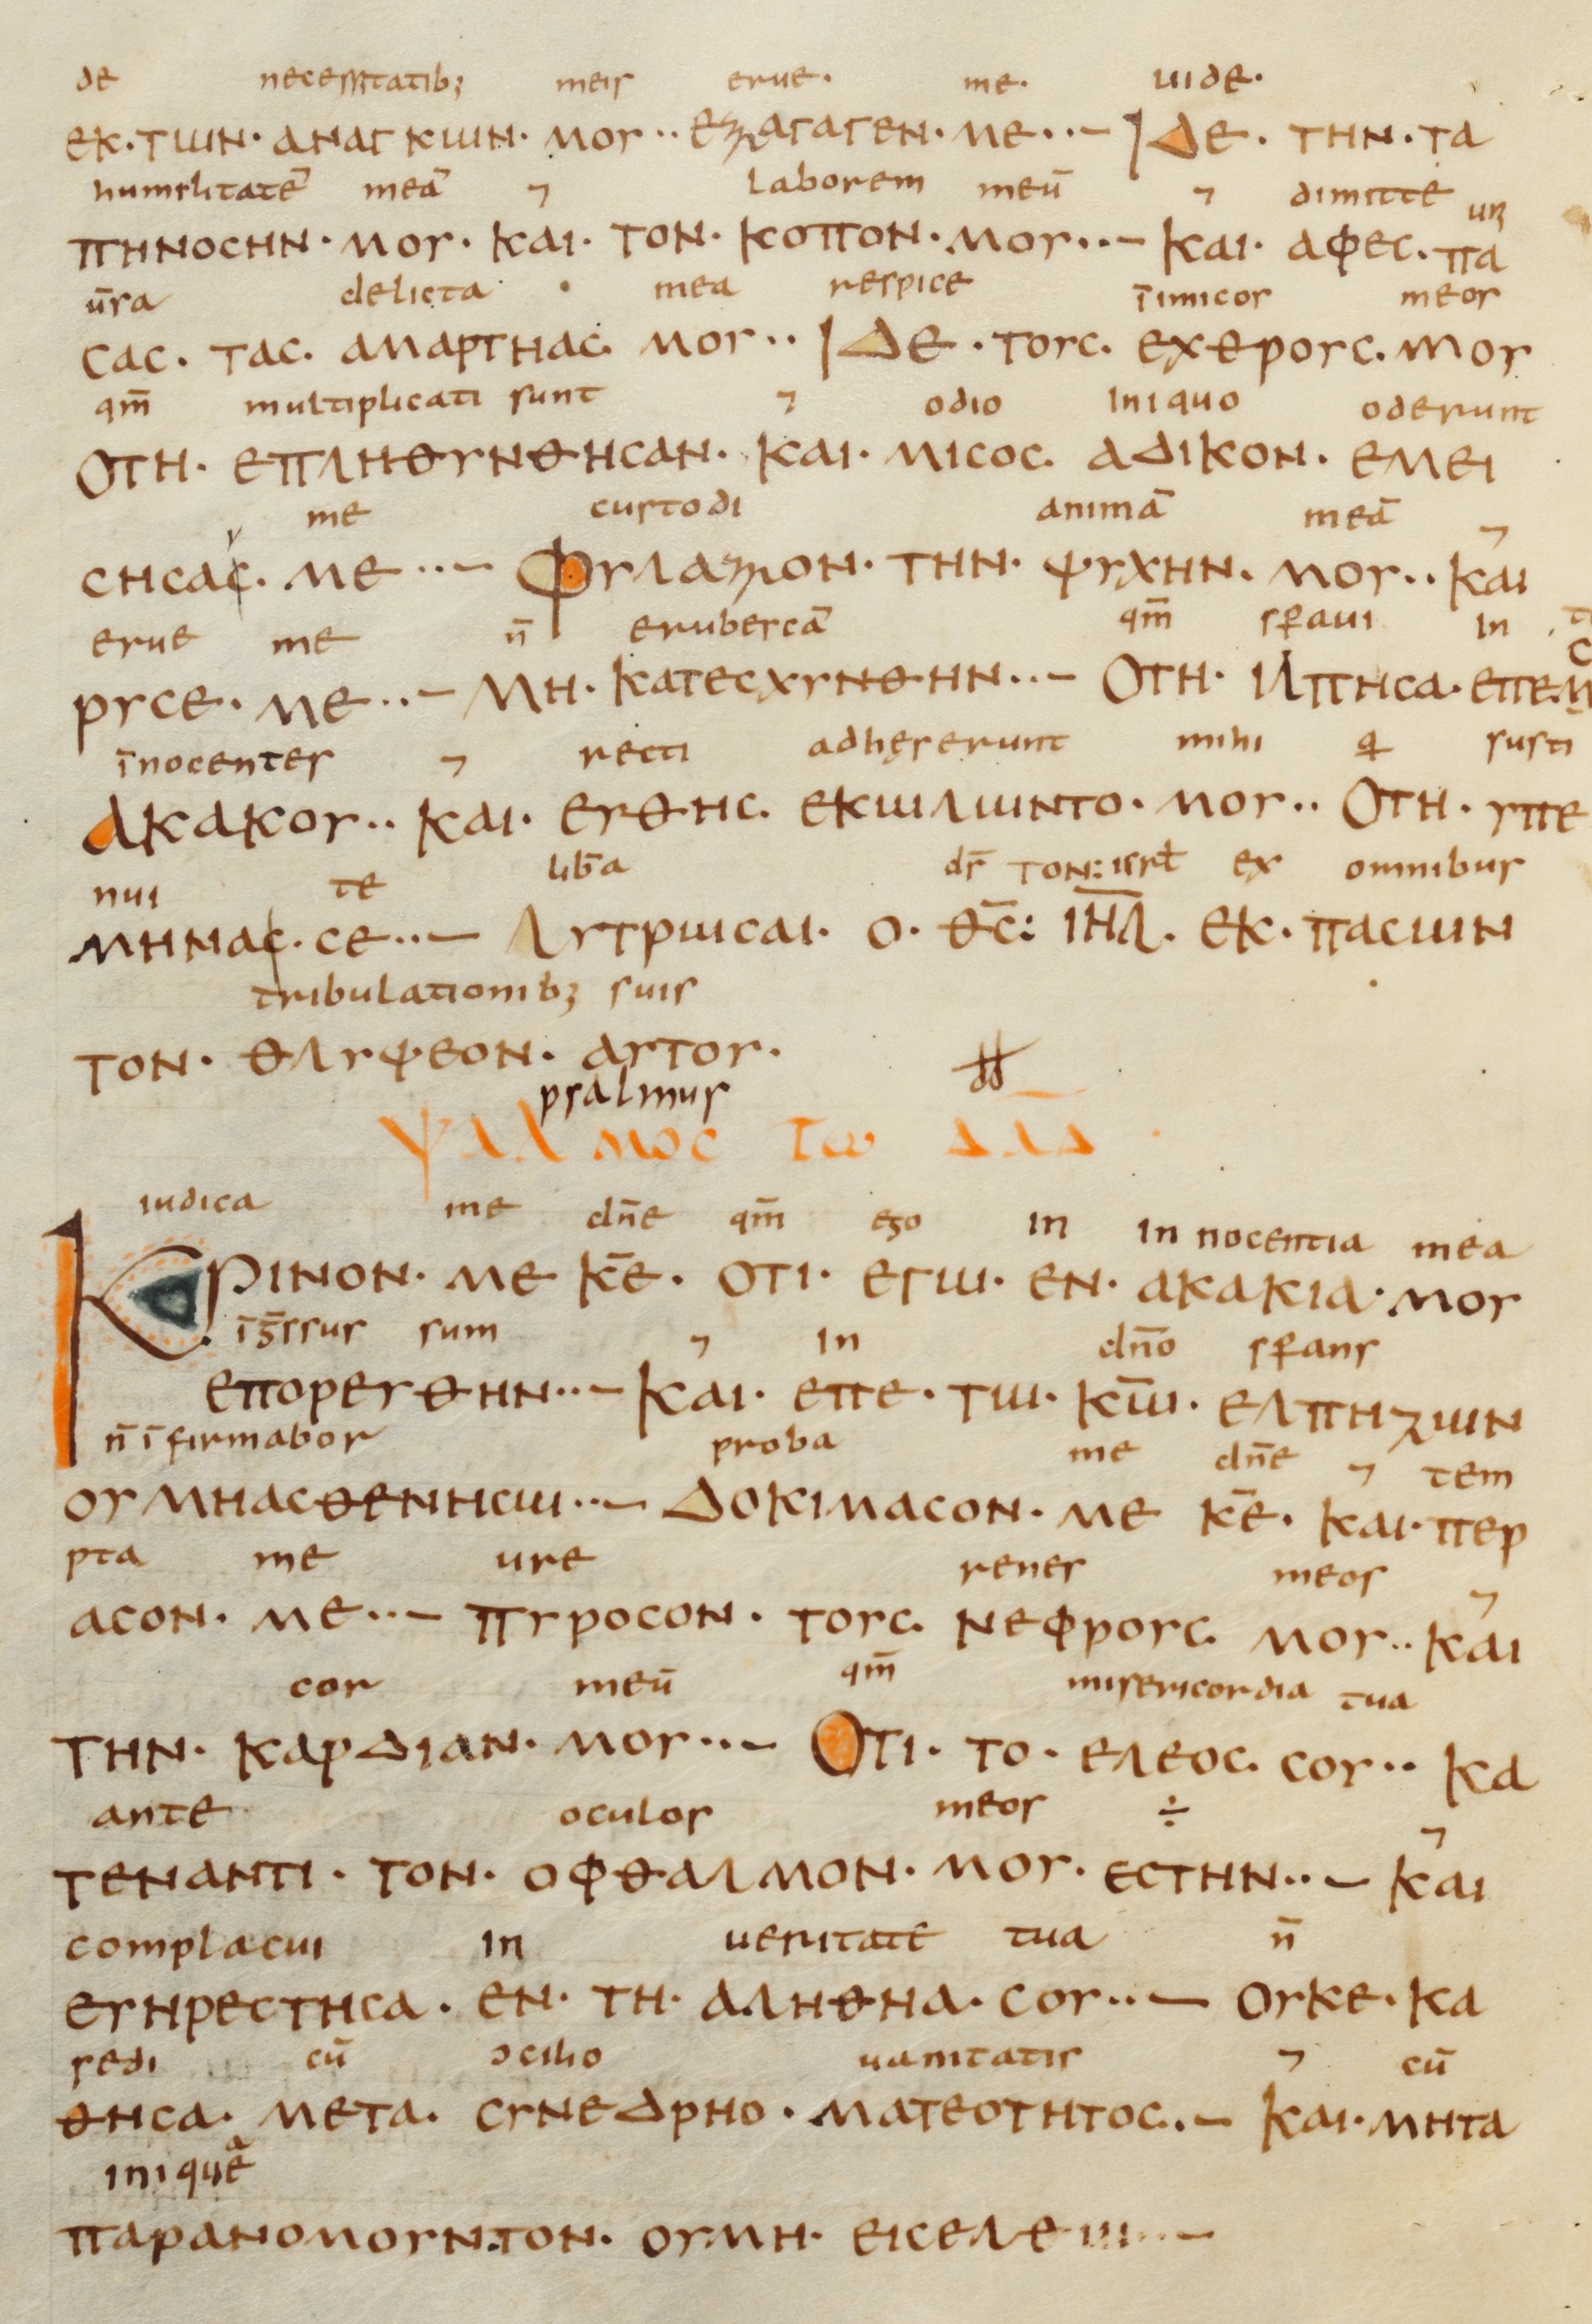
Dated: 833–899